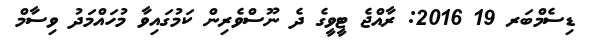
ޑިސެމްބަރ 19 2016: ރާއްޖެ ޓީވީގެ ދެ ނޫސްވެރިން ކަމުގައިވާ މުހައްމަދު ވިސާމް